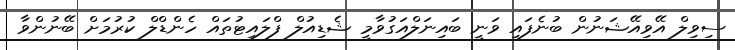
ސިވިލް އޭވިއޭޝަނުން ބުނެފައި ވަނީ ބައިނަލްއަގުވާމީ ޝެޑިއުލް ފްލައިޓުތައް ހެންޑްލް ކުރުމަށް ބޭނުންވާ